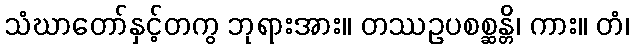
သံဃာတော်နှင့်တကွ ဘုရားအား။ တဿဥပစစ္ဆန္တိ၊ ကား။ တံ၊